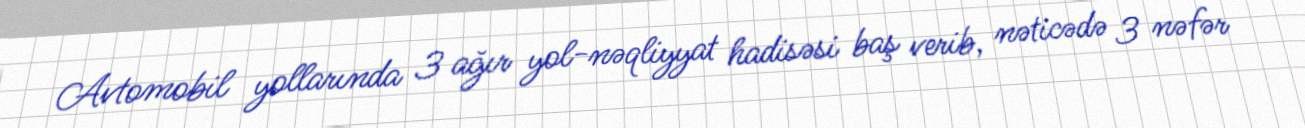
Avtomobil yollarında 3 ağır yol-nəqliyyat hadisəsi baş verib, nəticədə 3 nəfər